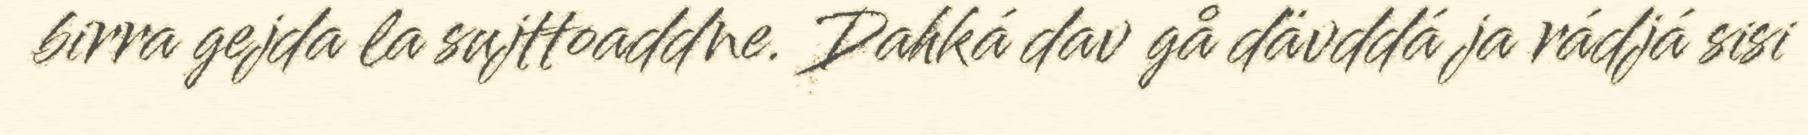
birra gejda la sujttoaddne. Dahká dav gå dävddá ja rádjá sisi